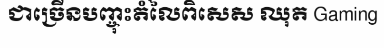
ជាច្រើនបញ្ចុះតំលៃពិសេស ឈុត Gaming